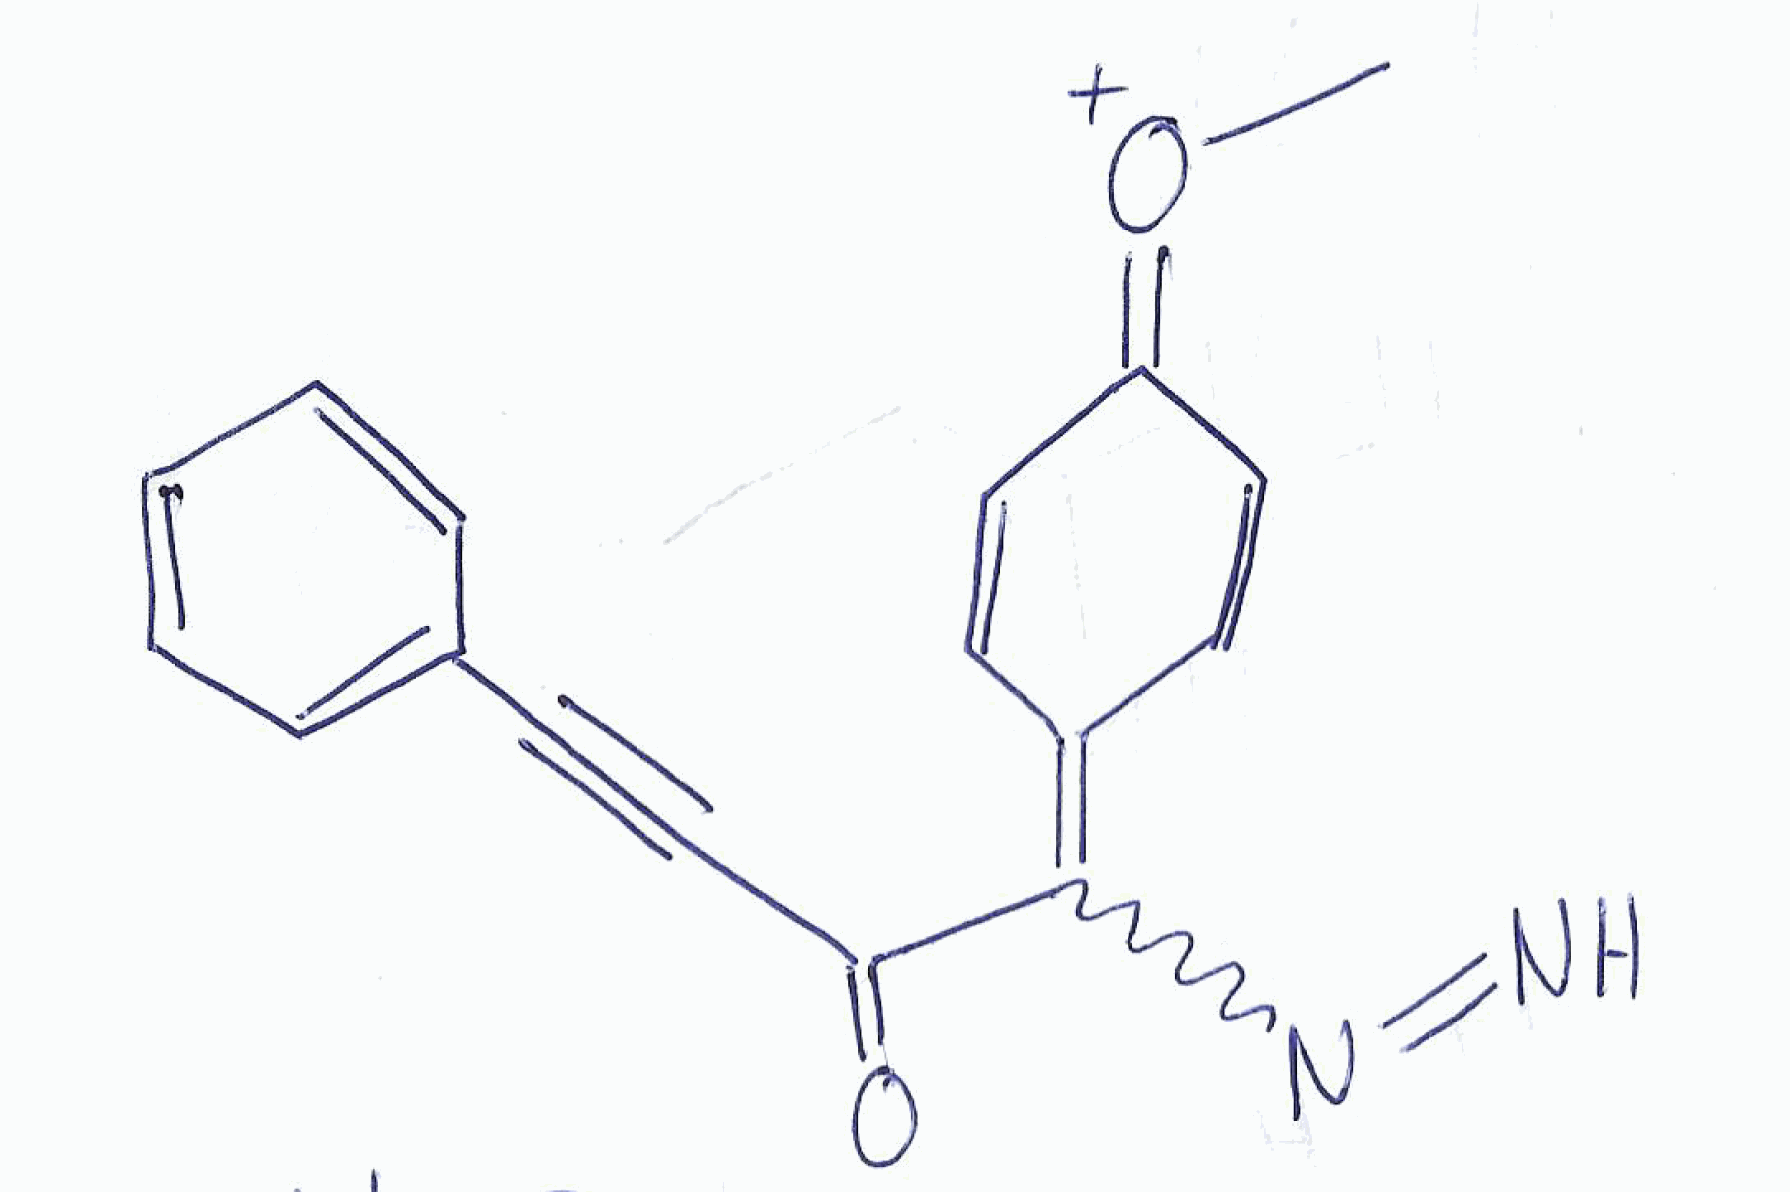
Simplified molecular-input line-entry system (SMILES) notation of the given molecule:
C[O+]=C1C=CC(=C(C(=O)C#CC2=CC=CC=C2)N=N)C=C1